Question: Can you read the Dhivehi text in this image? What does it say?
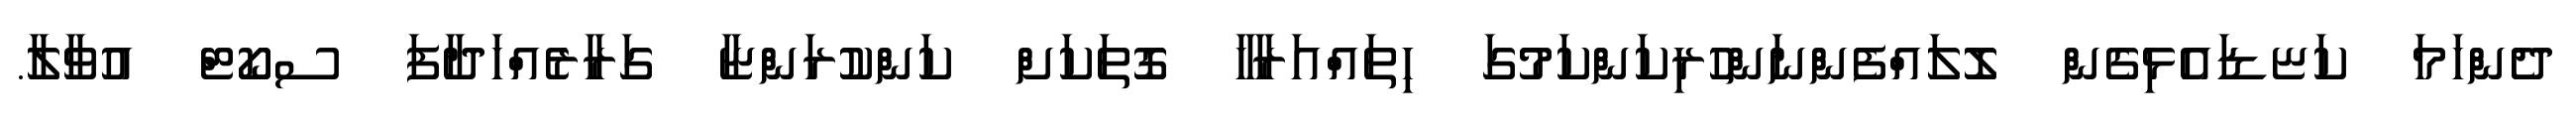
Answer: ދެންހަމަ ކަޏޑައެޅިގެން ލޮލައްފެންނަންހުރިކަންކަމުގަ ހިތައްއަރާހާ ގޮތަކަށް ކަންކުރަންޏާ ގަރާރެއްހަދާފަ ސކޯޓް އުވާލާ.